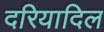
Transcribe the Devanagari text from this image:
दरियादिल